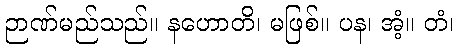
ဉာဏ်မည်သည်။ နဟောတိ၊ မဖြစ်။ ပန၊ အံ့။ တံ၊